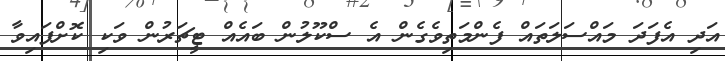
އަދި އެފަދަ މައްސަލަތައް ފެންމަތިވެގެން އެ ސްކޫލުން ބައެއް ޓީޗަރުން ވަކި ކޮށްފައިވާ